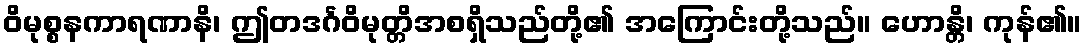
ဝိမုစ္စနကာရဏာနိ၊ ဤတဒင်္ဂဝိမုတ္တိအစရှိသည်တို့၏ အကြောင်းတို့သည်။ ဟောန္တိ၊ ကုန်၏။